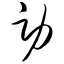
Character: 劳